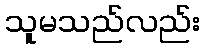
သူမသည်လည်း